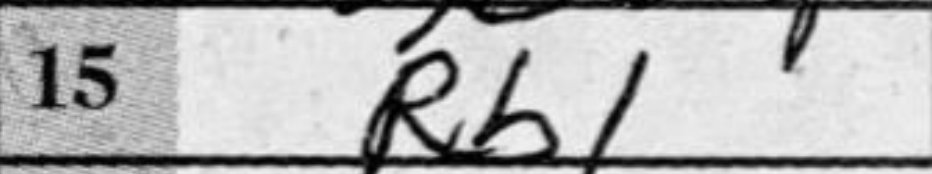
Transcription: Rb1